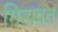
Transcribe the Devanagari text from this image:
गिरावत